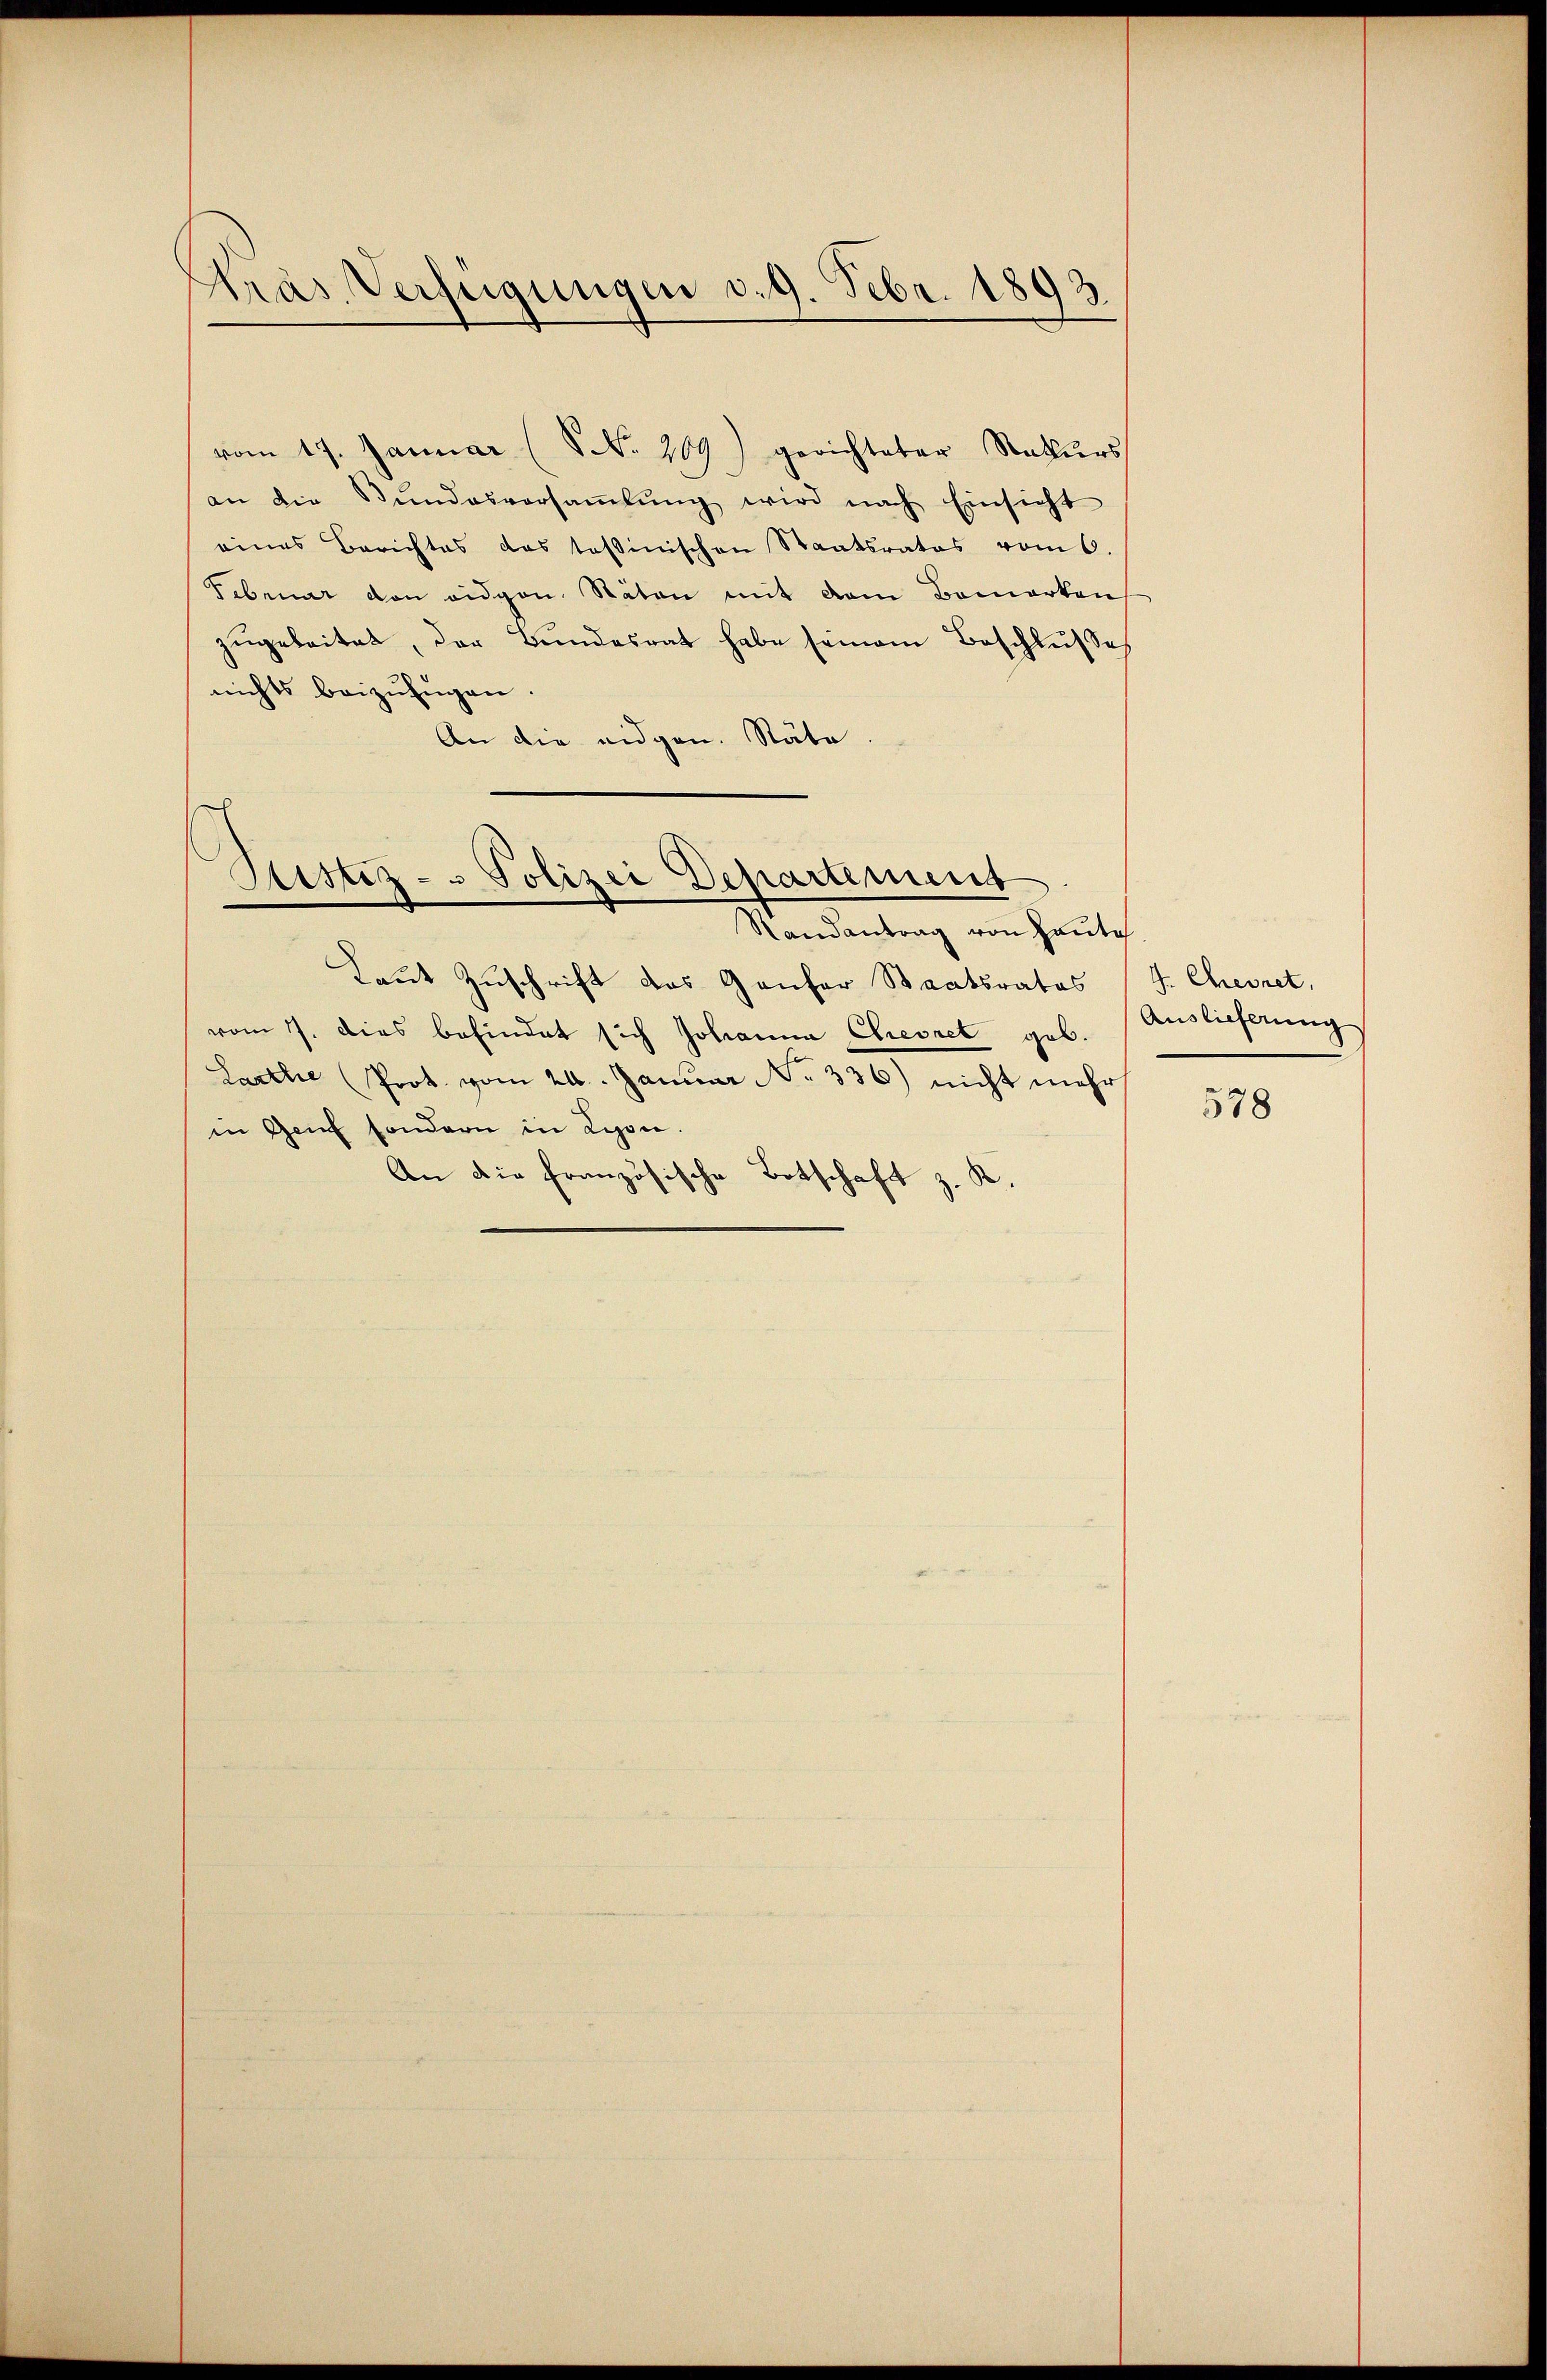
Krás Verfügungen v. 9. Febr. 1893.

vom 17. Januar (S. 209) gerichteter Naturs
an die Stŭndesversaṁlŭng wird nach Einsicht
eines Berichtes das tessinischen Staatsrates vom 6.
Februar den eidgen. Stäten mit dem Bemerken
zugeleitet, der Bundesrat habe seinem Beschlusse
nichts beizufügen.
An die eidgen. Stäte

Ristiz - Polizei Departement
Randantrag von Haute

Laut Zuschrift des Ganfer Staatsrates
vom 7. dies befindet sich Johanna Chresret geb.
Larthe Prot. vom 24. Januar No. 336) nicht mehr
in Genf sondern in Lyon.
An die Französische Botschaft z. K.

J. Chegnet,
Auslieferung

578